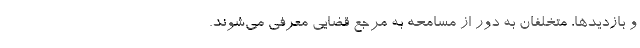
و بازدیدها، متخلفان به دور از مسامحه به مرجع قضایی معرفی می‌شوند.